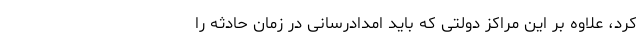
کرد، علاوه بر این مراکز دولتی که باید امدادرسانی در زمان حادثه را